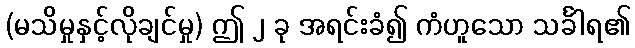
(မသိမှုနှင့်လိုချင်မှု) ဤ ၂ ခု အရင်းခံ၍ ကံဟူသော သင်္ခါရ၏